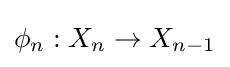
\phi _{n}:X_{n}\to X_{n-1}